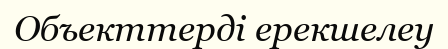
Объекттерді ерекшелеу